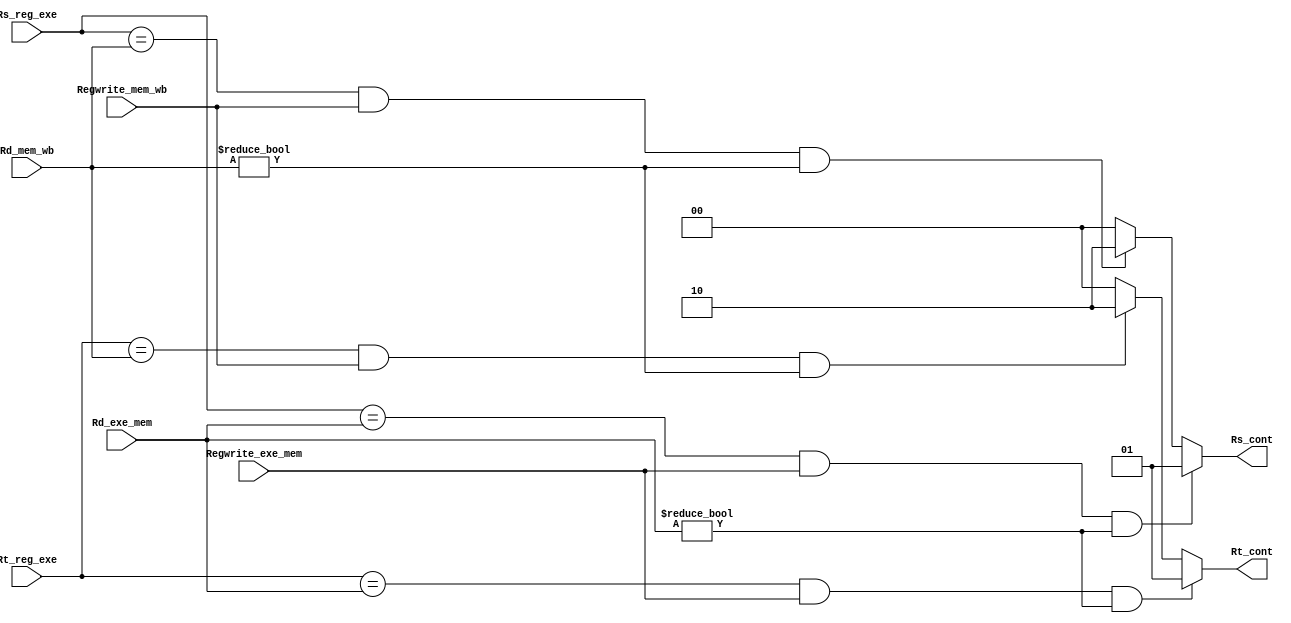
`timescale 1ns / 1ps
//////////////////////////////////////////////////////////////////////////////////
// Company: 
// Engineer: 
// 
// Design Name: 
// Module Name: forwarding_unit
// Project Name: 
// Target Devices: 
// Tool Versions: 
// Description: 
// 
// Dependencies: 
// 
// Revision:
// Revision 0.01 - File Created
// Additional Comments:
// 
//////////////////////////////////////////////////////////////////////////////////


module forwarding_unit(
    input [4:0] Rd_exe_mem,
    input [4:0] Rd_mem_wb,
    input [4:0] Rs_reg_exe,
    input [4:0] Rt_reg_exe,
    input Regwrite_exe_mem,
    input Regwrite_mem_wb,
    output [1:0] Rs_cont,
    output [1:0] Rt_cont
);

reg [1:0] rs, rt;

always @(*) begin
    if (Rs_reg_exe == Rd_exe_mem & Regwrite_exe_mem == 1 & Rd_exe_mem != 5'b0)
        rs <= 2'b01;
    else if (Rs_reg_exe == Rd_mem_wb & Regwrite_mem_wb == 1 && Rd_mem_wb != 5'b0)
        rs <= 2'b10;
    else
        rs <= 2'b00;
end

always @(*) begin
    if (Rt_reg_exe == Rd_exe_mem & Regwrite_exe_mem == 1 & Rd_exe_mem != 5'b0)
        rt <= 2'b01;
    else if (Rt_reg_exe == Rd_mem_wb & Regwrite_mem_wb == 1 & Rd_mem_wb != 5'b0)
        rt <= 2'b10;
    else
        rt <= 2'b00;
end

assign Rs_cont = rs;
assign Rt_cont = rt;

endmodule